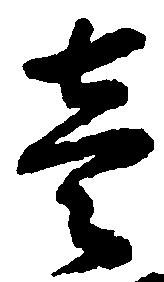
壱